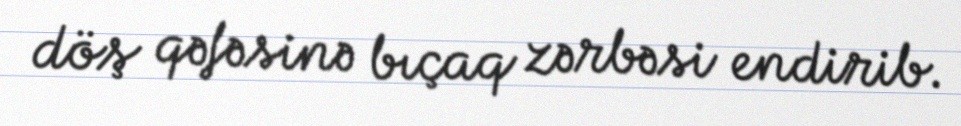
döş qəfəsinə bıçaq zərbəsi endirib.